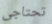
تحتاجى